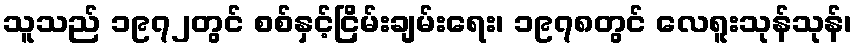
သူသည် ၁၉၇၂တွင် စစ်နှင့်ငြိမ်းချမ်းရေး၊ ၁၉၇၈တွင် လေရူးသုန်သုန်၊